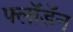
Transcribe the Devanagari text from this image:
फ्लॉडॅन